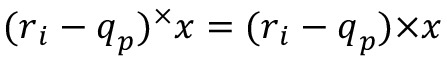
( \boldsymbol { r } _ { i } - \boldsymbol { q } _ { p } ) ^ { \times } \boldsymbol { x } = ( \boldsymbol { r } _ { i } - \boldsymbol { q } _ { p } ) { \times } \boldsymbol { x }